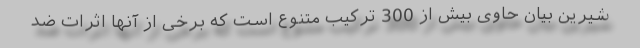
شیرین بیان حاوی بیش از 300 ترکیب متنوع است که برخی از آنها اثرات ضد